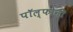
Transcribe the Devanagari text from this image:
पॉल्फोनी